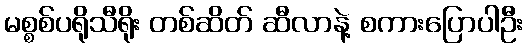
မစ္စစ်ပရိုသီရိုး တစ်ဆိတ် ဆီလာနဲ့ စကားပြောပါဦး